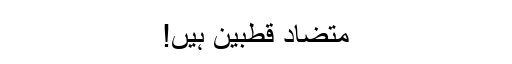
متضاد قطبین ہیں!